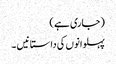
(جاری ہے )
پہلوانوں کی داستانیں ۔